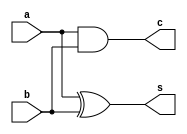
//gate model


//Gate modelling of Half Adder

module halfadder(a,b,s,c);
	input a,b;
	output s,c;
	
	xor(s,a,b);
	and(c,a,b);
	
endmodule

module fulladder(x,y,z,s,c);
	input x,y,z;
	output s,c;
	wire s1,c1,c2;
	
	halfadder HA1(.a(x),.b(y),.s(s1),.c(c1));
	halfadder HA2(.a(s1),.b(z),.s(s),.c(c2));
	or (c,c1,c2);
endmodule